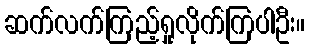
ဆက်လက်ကြည့်ရှုလိုက်ကြပါဦး။